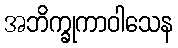
အဘိက္ခုကာဝါသေန